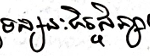
ទស្សនៈកិច្ចសិក្សា